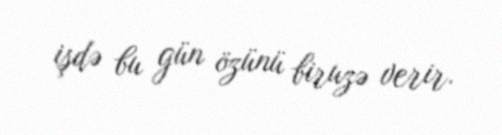
işdə bu gün özünü biruzə verir.